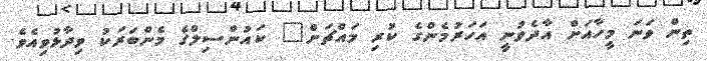
ތިން ވަނަ މީހާއަށް އާދެވުނީ އަހަރުމެންގެ ކުރި މައްޗަށް" ކައުންސިލްގެ މެންބަރަކު ވިދާޅުވިއެވެ.